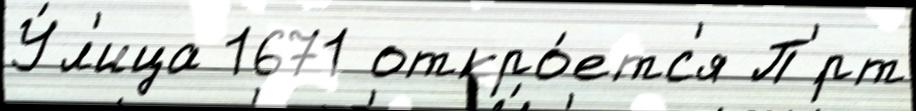
У́л'ица 1671 откро́етс'я П'́рт